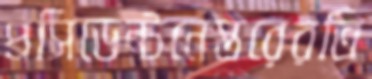
প্রসিডেন্টনেস্তরেরতি